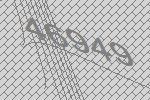
46949